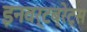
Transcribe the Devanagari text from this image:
इनवर्टब्रेट्स